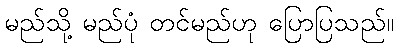
မည်သို့ မည်ပုံ တင်မည်ဟု ပြောပြသည်။